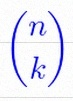
\binom{n}{k}